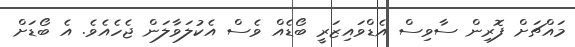
މައްޗަށް ފޮރިން ސާވިސް އެޑްވައިޒަރީ ބޯޑެއް ވެސް އެކުލަވާލަން ޖެހެއެވެ. އެ ބޯޑަށް